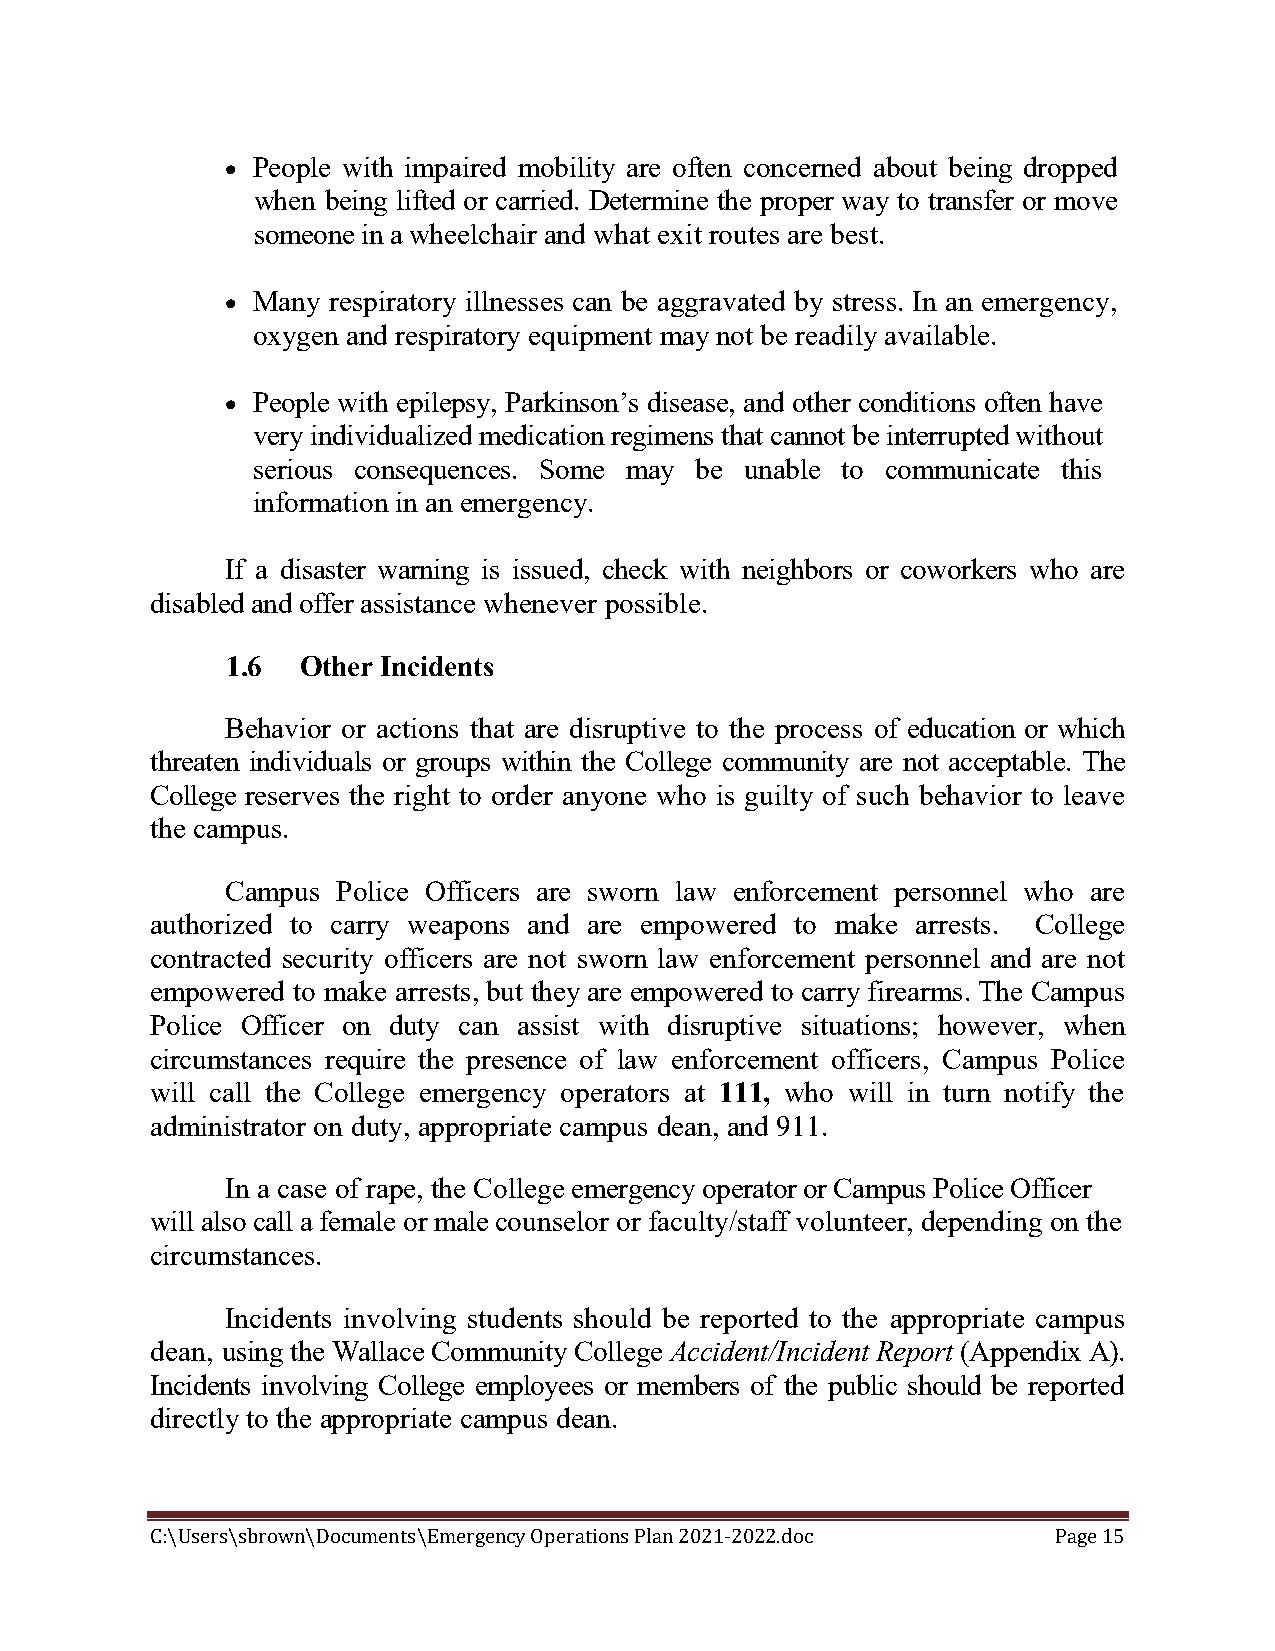
 People with impaired mobility are often concerned about being dropped
 when being lifted or carried. Determine the proper way to transfer or move
 someone in a wheelchair and what exit routes are best.
  Many respiratory illnesses can be aggravated by stress. In an emergency,
 oxygen and respiratory equipment may not be readily available.
  People with epilepsy, Parkinson’s disease, and other conditions often have
 very individualized medication regimens that cannot be interrupted without
 serious consequences. Some may be unable to communicate this
 information in an emergency.
 If a disaster warning is issued, check with neighbors or coworkers who are
 disabled and offer assistance whenever possible.
 1.6  Other Incidents
 Behavior or actions that are disruptive to the process of education or which
 threaten individuals or groups within the College community are not acceptable. The
 College reserves the right to order anyone who is guilty of such behavior to leave
 the campus.
 Campus Police Officers are sworn law enforcement personnel who are
 authorized to carry weapons and are empowered to make arrests. College
 contracted security officers are not sworn law enforcement personnel and are not
 empowered to make arrests, but they are empowered to carry firearms. The Campus
 Police Officer on duty can assist with disruptive situations; however, when
 circumstances require the presence of law enforcement officers, Campus Police
 will call the College emergency operators at 111, who will in turn notify the
 administrator on duty, appropriate campus dean, and 911.
 In a case of rape, the College emergency operator or Campus Police Officer
 will also call a female or male counselor or faculty/staff volunteer, depending on the
 circumstances.
 Incidents involving students should be reported to the appropriate campus
 dean, using the Wallace Community College Accident/Incident Report (Appendix A).
 Incidents involving College employees or members of the public should be reported
 directly to the appropriate campus dean.
 C:\Users\sbrown\Documents\Emergency Operations Plan 2021-2022.doc Page 15